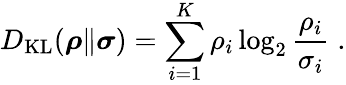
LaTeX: D_{\mathrm{KL}}(\boldsymbol{\rho}\| \boldsymbol{\sigma})=\sum_{i=1}^{K}\rho_{i}\log_{2}\frac{\rho_{i}}{\sigma_{i}}\; .